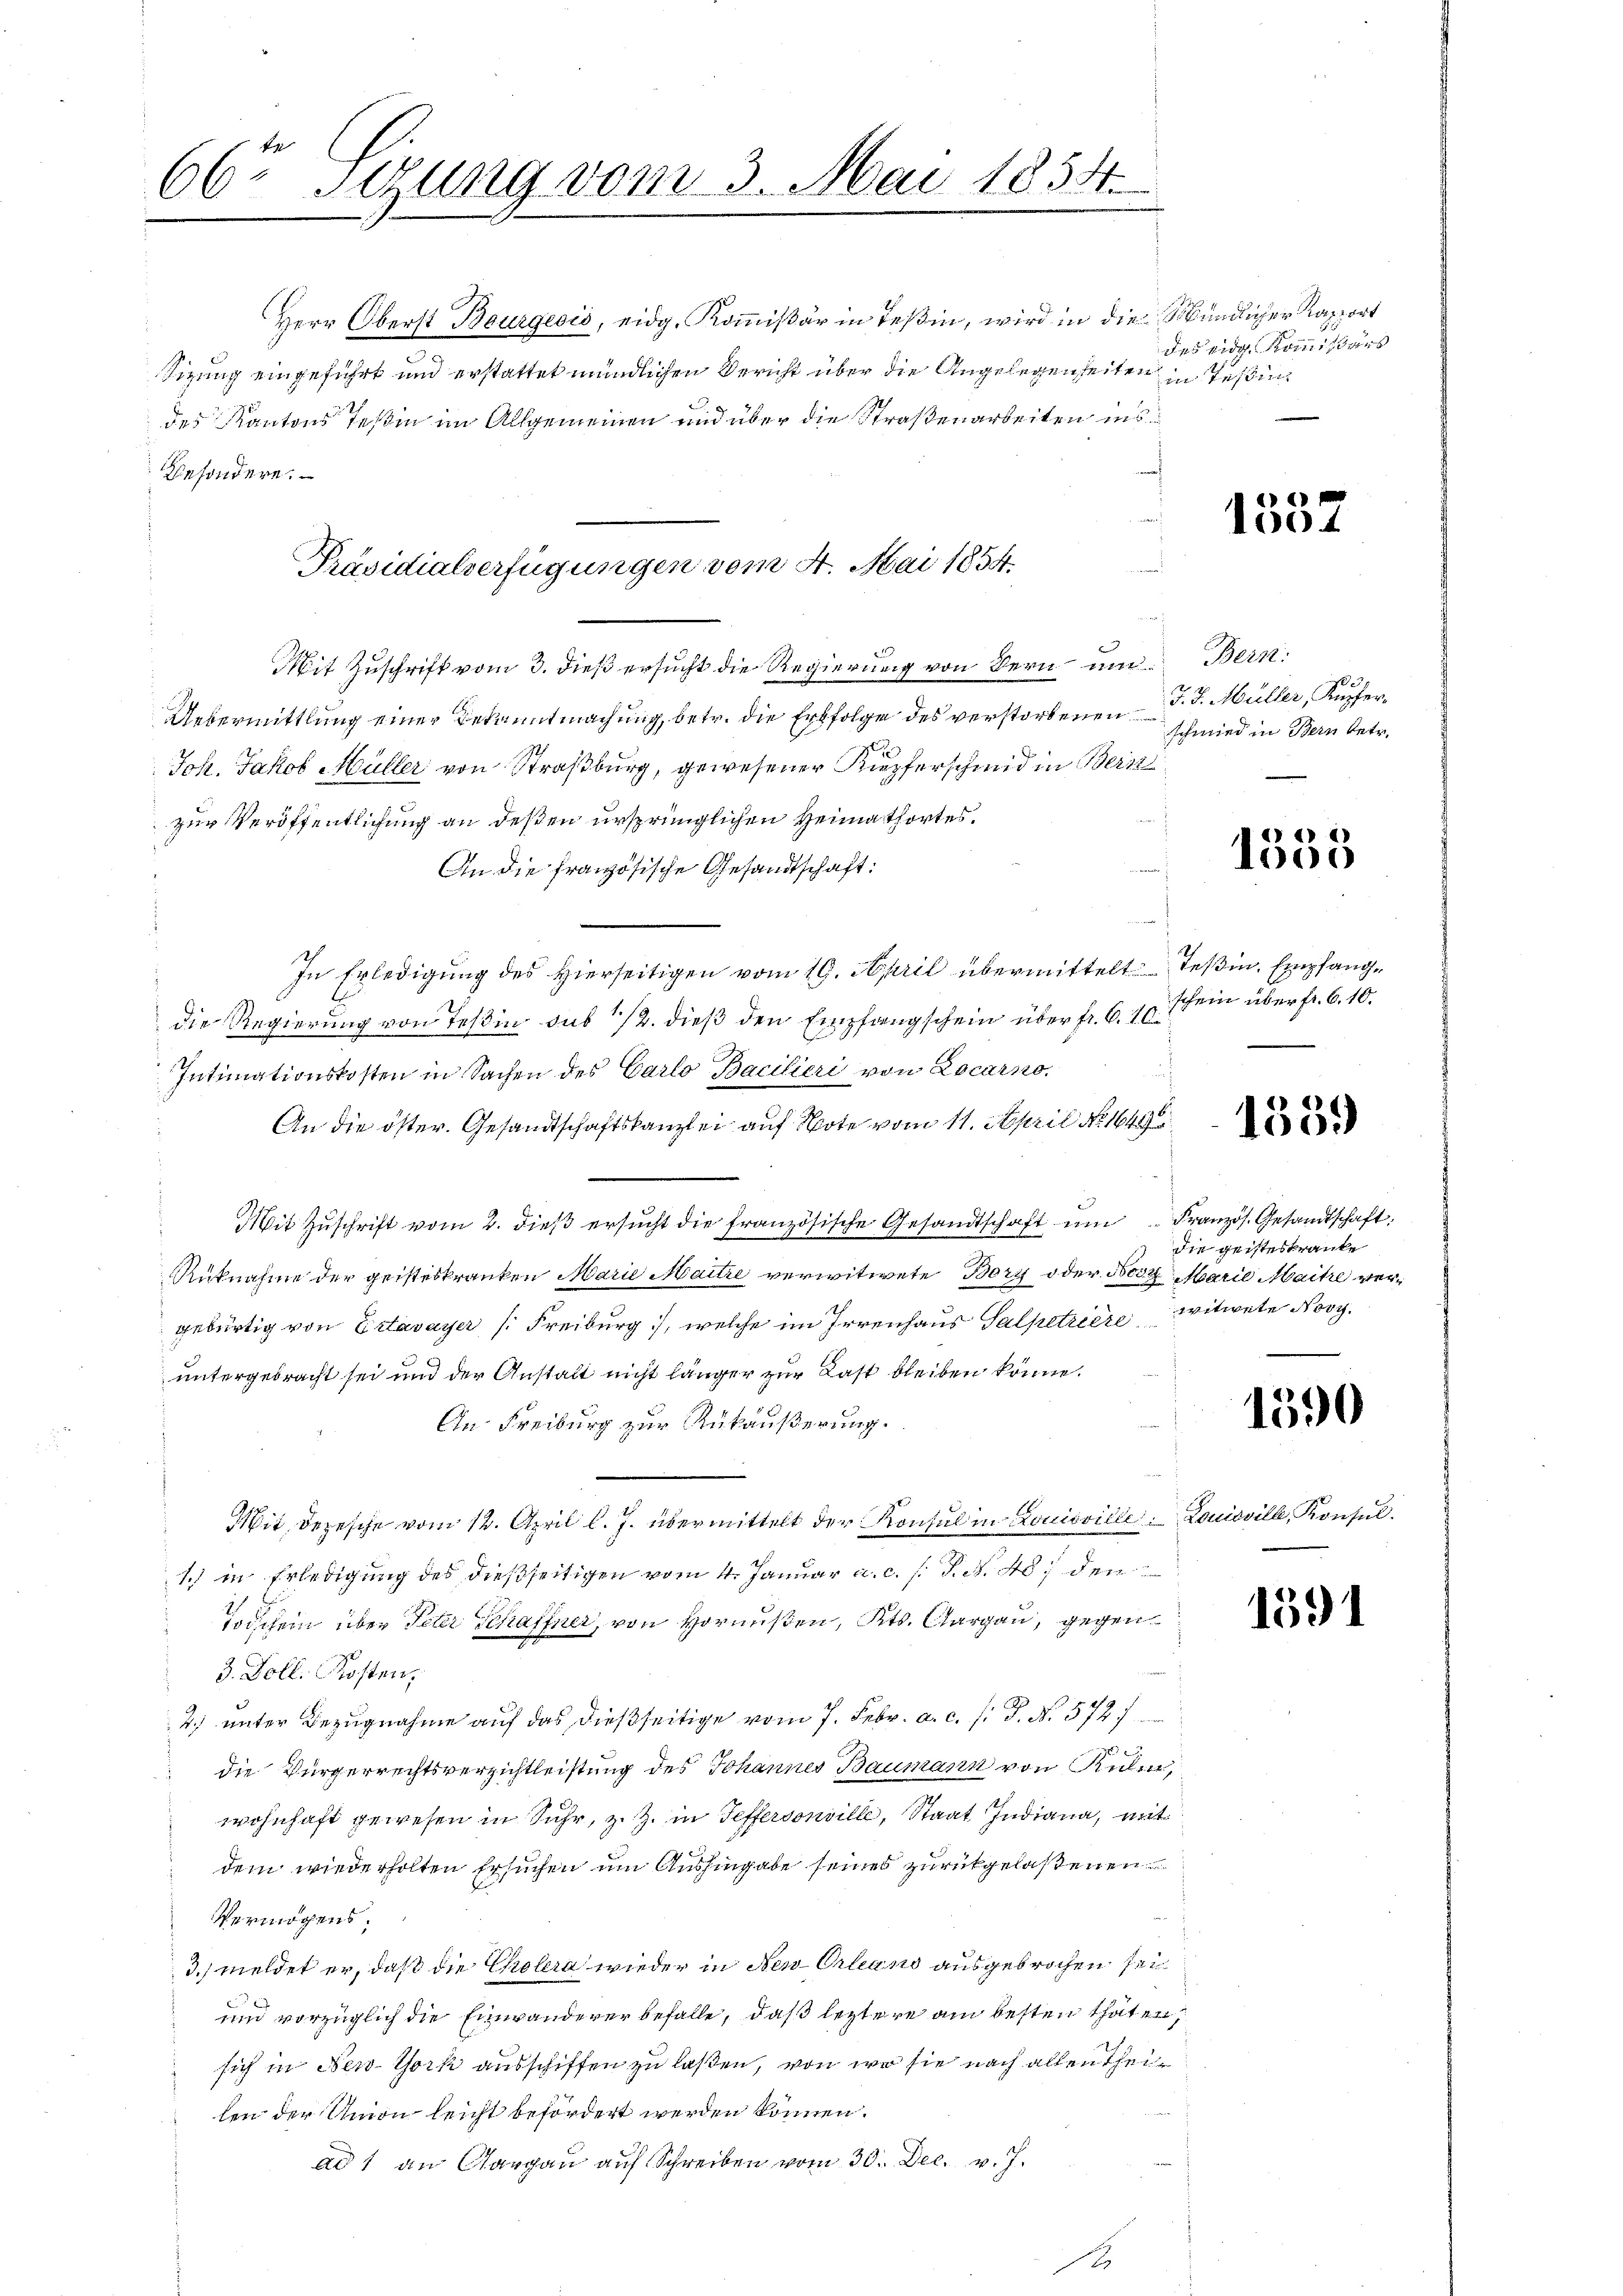
66r Sizung vom 3. Mai 1854.
e

Präsidialverfügungen vom 4. Mai 1854.

Herr Oberst Bourgeois, eidg. Kommißär in Teßin, wird in die Mündlicher Rapport
Sizung eingeführt und erstattet mündlichen Bericht über die Angelegenheiten in Tessin
des Kantons Teßin im Allgemeinen und über die Straßenarbeiten ins
Besondere.
Mit Zuschrift vom 3. dieß ersucht die Regierung von Bern um Bern:
Uebermittlung einer Bekanntmachung, betr. die Erbfolge des verstorbenen
Joh. Jakob Müller von Straßburg, gewesener Kupferschmid in Bern
zur Veröffentlichung an deßen ursprünglichen Heimathortes.
An die französische Gesandtschaft:
In Erledigung des Hierseitigen vom 19. April übermittelt Teßin, Empfangdie Regierung von Teßin sub 12. dieß den Empfangschein über fr. 6. 10.
Intimationskosten in Sachen des Carlo Bacilieri von Locarno.
An die öster. Gesandtschaftskanzlei auf Note vom 11. April No 1649
Mit Zŭschrift vom 2. dieβ ersŭcht die französische Gesandtschaft ŭm Französ. Gesandtschaft,
Rüknahme der geisteskranken Marie Maitre verwitwete Bory oder Bost Marie Maitre vergebürtig von Estavayer (Freiburg, welche im Irrenhaus Salpetriere Witwete Nov.
untergebracht sei und der Anstalt nicht länger zur Last bleiben könne.
An Freiburg zur Rükäußerung.
Mit, Depesche vom 12. April l. J. übermittelt der Konsul in Louisville. Louisville, Konsul
1.) in Erledigung des dießseitigen vom 4. Januar a.c. s. S. N. 40 den
Todschein über Peter Schaffner, von Hornußen, Kts. Aargau, gegen¬
3. Doll. Kosten,
4.) unter Bezugnahme auf das dießseitige vom 7. Febr. a. c. s. S. N. 572 f
 die Bürgerrechtsverzichtleistung des Johannes Baumann von Kulm,
wohnhaft gewesen in Suhr, z. Z. in Teffersonville, Staat Indiana, mit
dem wiederholten Ersuchen um Aushingabe seines zurückgelastenen
Vermögens;
3. meldet er, daß die Cholera wieder in New-Orleans ausgebrochen sei
und vorzüglich die Einwanderer befalle, daß leztere am besten thaten,
sich in New-York ausschiffen zu laßen, von wo sie nach allen Theilen der Union leicht befördert werden können.
ad 1 an Aargau auf Schreiben vom 30. Dec. v. J.

des eidg. Kommißärs

1557

J. J. Müller, Kupfer.
schmied in Bern betr.

1535

schein über fr. 6.10.

1359

die geisteskranke

1590

1591